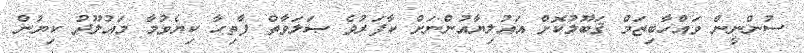
ސުންނީން ވައްހާބިޒަމް ޤަބޫލުކޮށް އައުލިޔާއުންނަށް ކާފަރުވެ ޞަލަވާތް ފާތިހާ ކިޔެވުމާ މައުލޫދު ކިޔުން